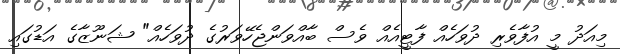
މިއަދު މީ އުފާވެރި ދުވަހެއް ފާޓީއެއް ވެސް ބާއްވަންޖެހޭވަރުގެ ދުވަހެއް" ޝަނޫޒާގެ އަޑުގައި